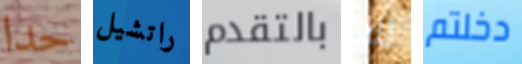
حدا راتشيل بالتقدم لك دخلتم